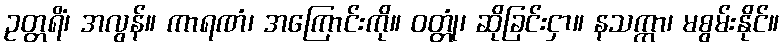
ဥတ္တရိံ၊ အလွန်။ ကာရဏံ၊ အကြောင်းကို။ ဝတ္တုံ၊ ဆိုခြင်းငှာ။ နသက္ကာ၊ မစွမ်းနိုင်။